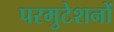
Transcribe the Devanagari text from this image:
परमुटेशनों